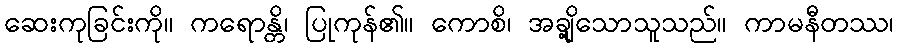
ဆေးကုခြင်းကို။ ကရောန္တိ၊ ပြုကုန်၏။ ကောစိ၊ အချို့သောသူသည်။ ကာမနီတဿ၊